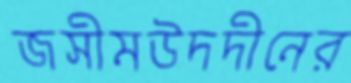
জসীমউদদীনের